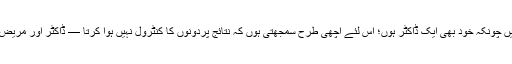
فرماتی ہیں: “میں چونکہ خود بھی ایک ڈاکٹر ہوں؛ اِس لئے اچھی طرح سمجھتی ہوں کہ نتائج پردونوں کا کنٹرول نہیں ہوا کرتا — ڈاکٹر اور مریض دونوں کا نہیں۔